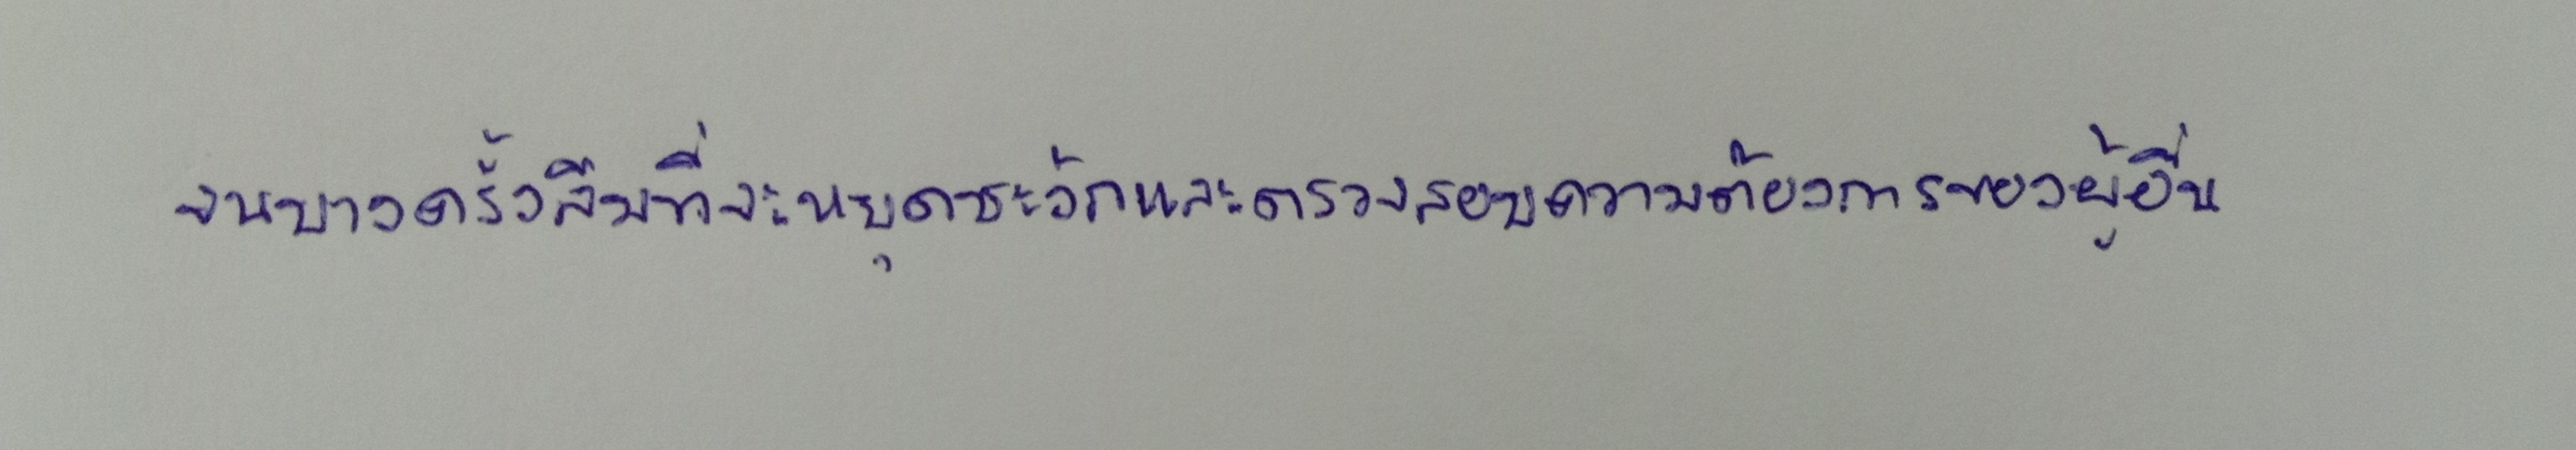
จนบางครั้งลืมที่จะหยุดชะงักและตรวจสอบความต้องการของผู้อื่น